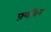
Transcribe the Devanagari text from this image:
फ़्यबिन